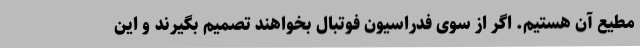
مطیع آن هستیم. اگر از سوی فدراسیون فوتبال بخواهند تصمیم بگیرند و این